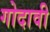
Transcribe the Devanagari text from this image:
गोदावी